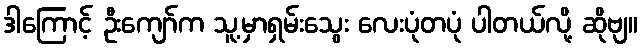
ဒါကြောင့် ဦးကျော်က သူ့မှာရှမ်းသွေး လေးပုံတပုံ ပါတယ်လို့ ဆိုဗျ။